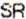
SR